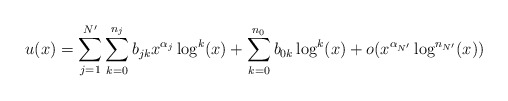
\begin{align*}u(x)=\sum_{j=1}^{N'}\sum_{k=0}^{n_j} b_{jk}x^{\alpha_j}\log^k(x)+\sum_{k=0}^{n_0} b_{0k}\log^k(x)+o(x^{\alpha_{N'}}\log^{n_{N'}}(x))\end{align*}